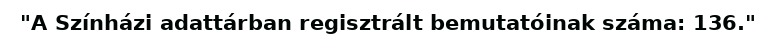
"A Színházi adattárban regisztrált bemutatóinak száma: 136."